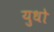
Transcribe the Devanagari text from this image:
युधो